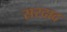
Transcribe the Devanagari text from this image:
सरदाद